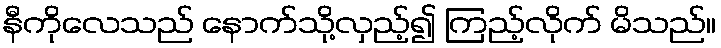
နီကိုလေသည် နောက်သို့လှည့်၍ ကြည့်လိုက် မိသည်။